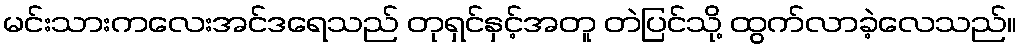
မင်းသားကလေးအင်ဒရေသည် တုရှင်နှင့်အတူ တဲပြင်သို့ ထွက်လာခဲ့လေသည်။